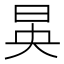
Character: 𪰔